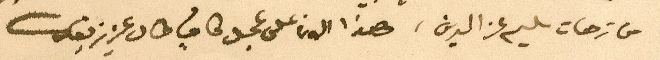
من ترهات سليم عز الدين، هذا الان على عجل كافٍ طال عزيز بقاك